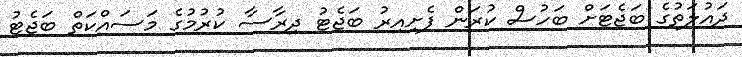
ދައުލަތުގެ ބަޖެޓަށް ބަހުސް ކުރަން ފެށިއިރު ބަޖެޓު ދިރާސާ ކުރުމުގެ މަސައްކަތް ބަޖެޓު